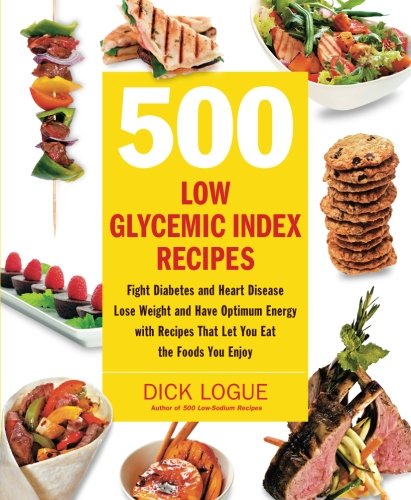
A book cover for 500 Low Glycemic Index Recipes: Fight Diabetes and Heart Disease, Lose Weight and Have Optimum Energy with Recipes That Let You Eat the Foods You Enjoy; Dick Logue; Cookbooks, Food & Wine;